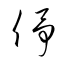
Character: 伃